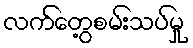
လက်တွေ့စမ်းသပ်မှု